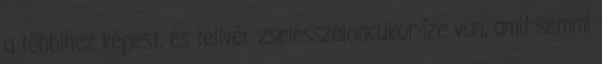
a többihez képest, és telivér zselésszaloncukor-íze van, amit semmi